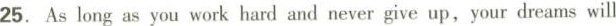
25. As long as you work hard and never give up,your dreams will